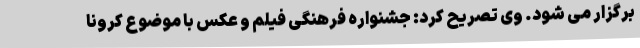
برگزار می شود. وی تصریح کرد: جشنواره فرهنگی فیلم و عکس با موضوع کرونا